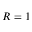
R = 1